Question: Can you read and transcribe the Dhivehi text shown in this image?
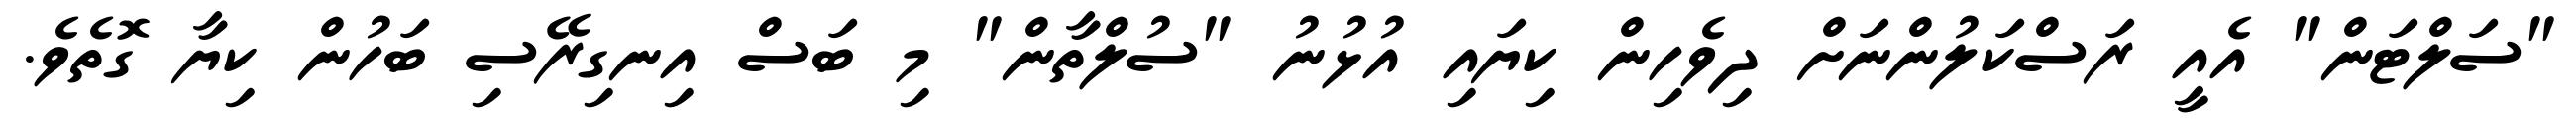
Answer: "ސަލްޓަން" އެއީ ރަސްކަލުންނަށް ދިވެހިން ކިޔައި އުޅުނު "ސުލްތާން" މި ބަސް އިނގިރޭސި ބަހުން ކިޔާ ގޮތެވެ.